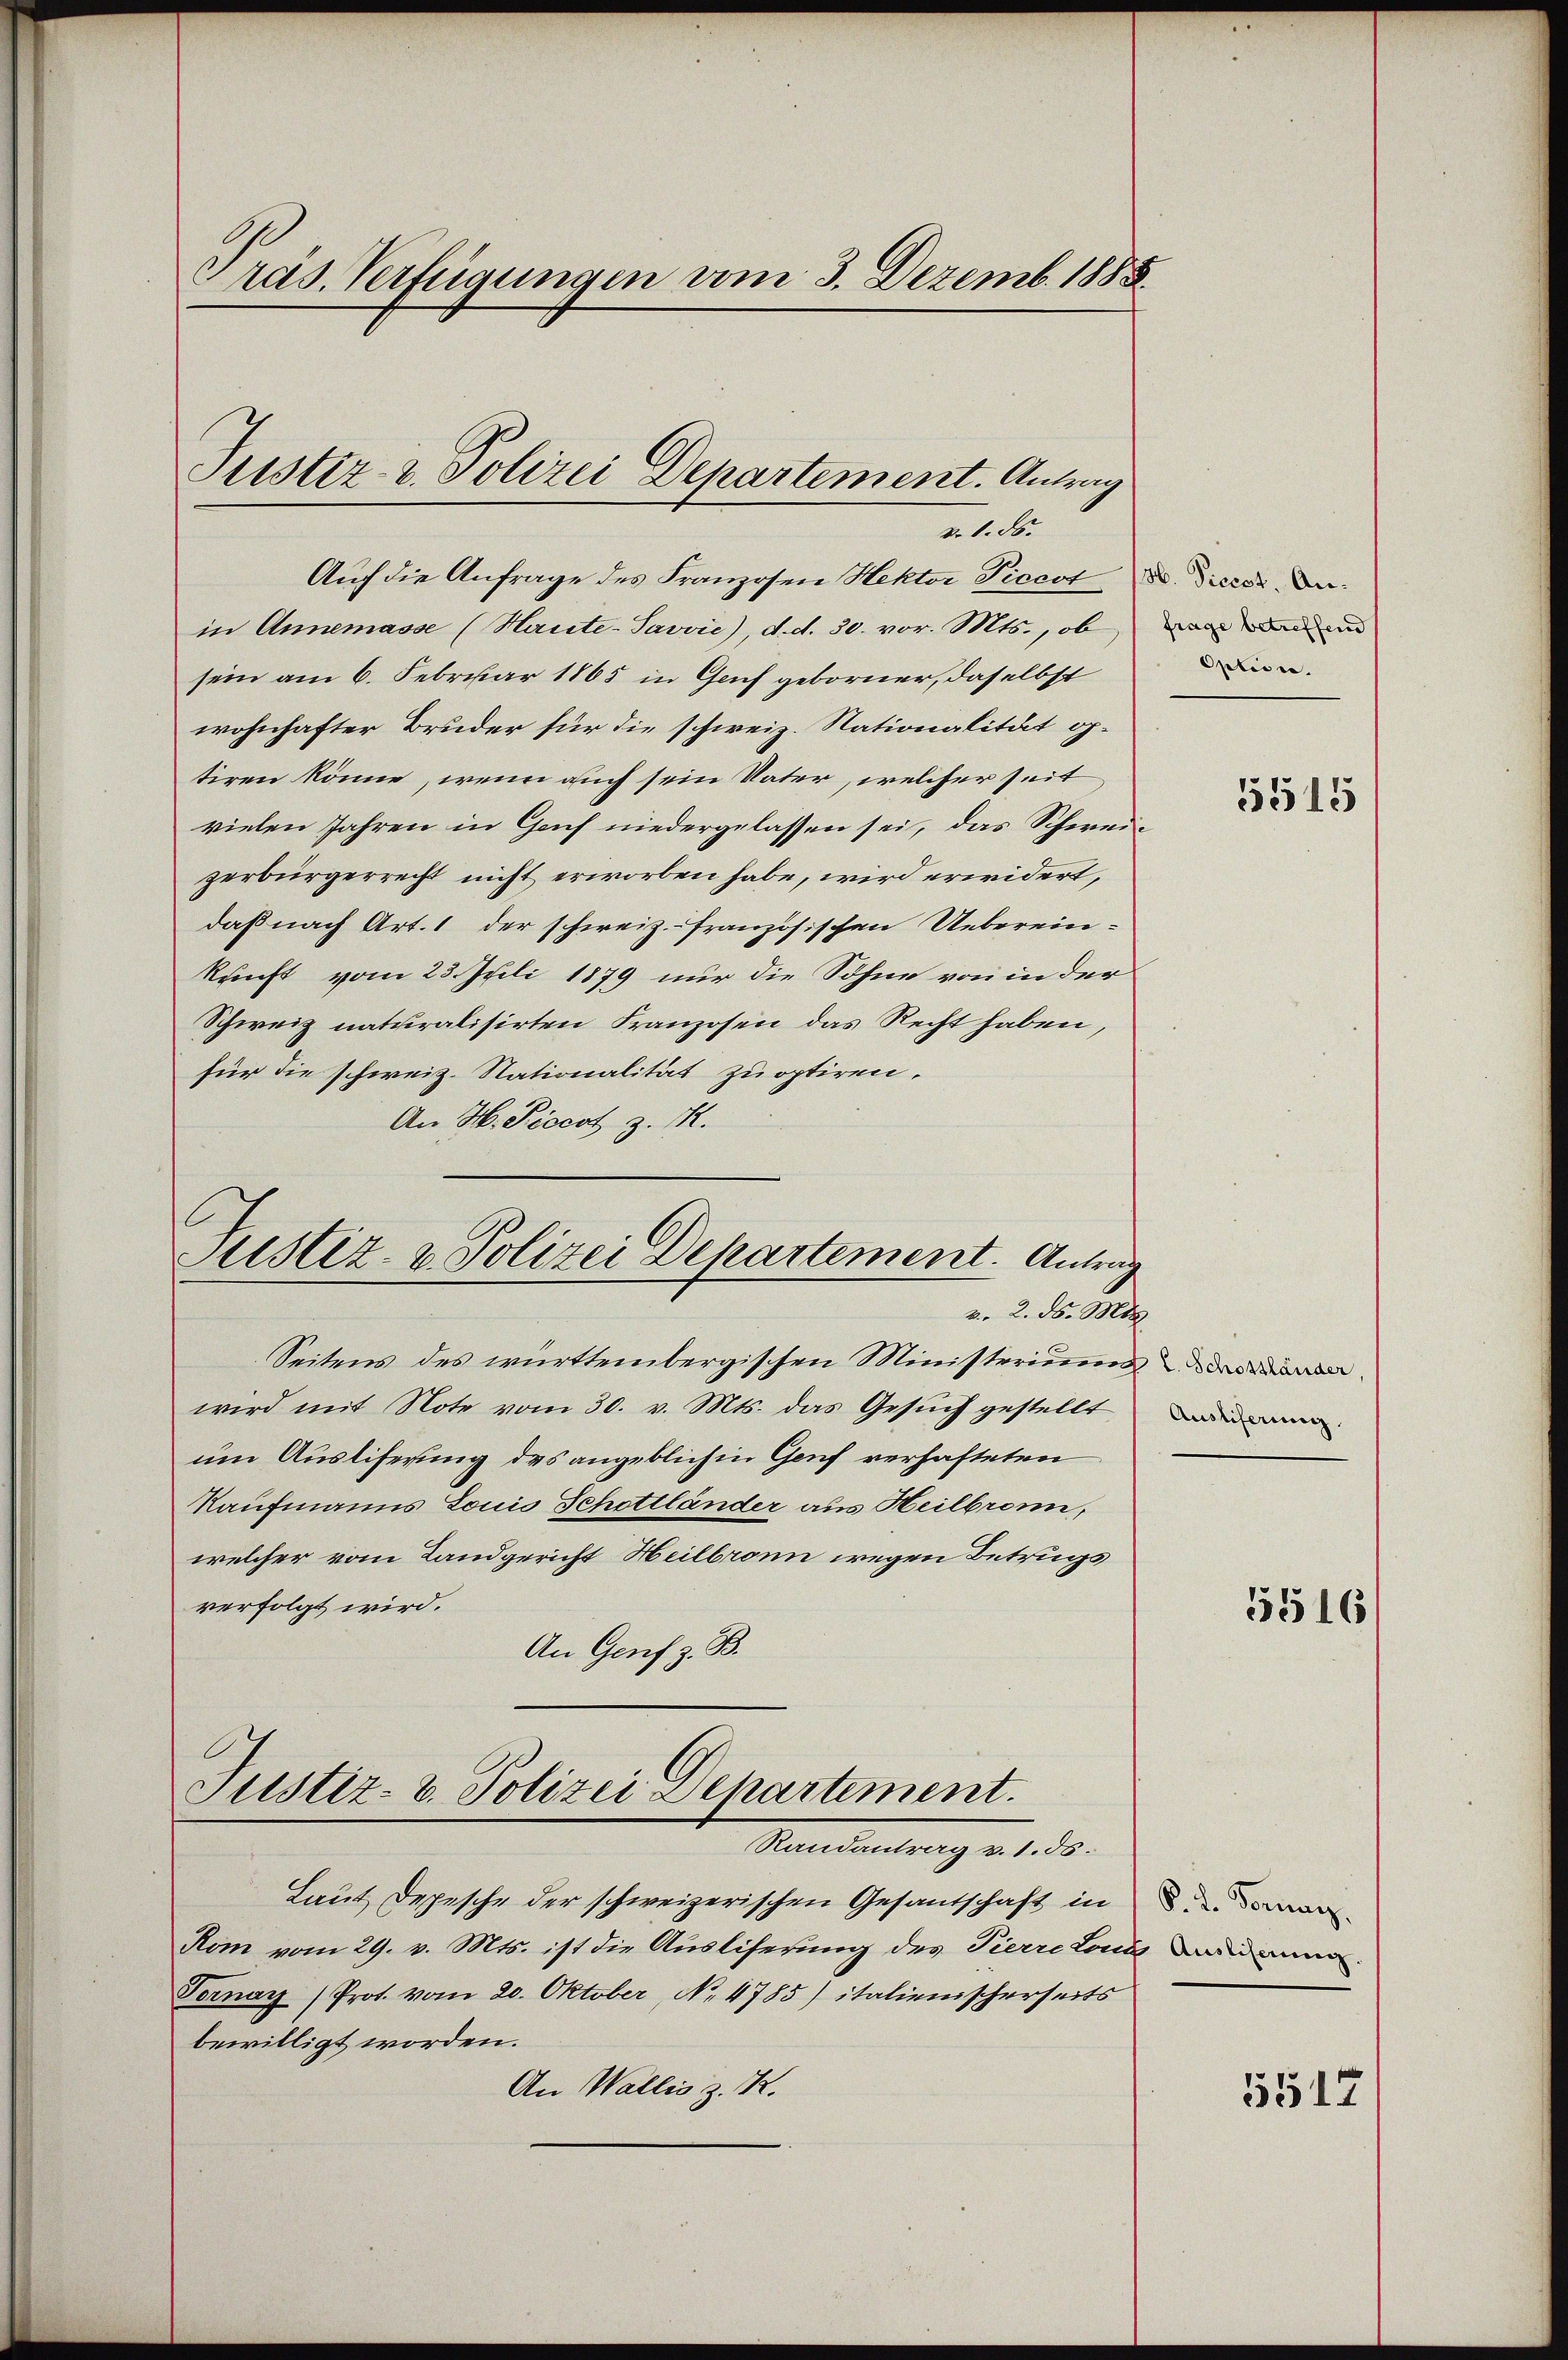
Pras. Verfügungen vom 3. Dezemb. 1888.

Pustiz- & Polizei Departement. Antrag
v. 8. ds.

Auch die Anfrage des Franzosen Hektor Piccot u. Dieser dain Annemasse (Haute-Savvić), d. d. 30. vor. Mts., ob
sein am 6. Februar 1865 in Genf geborner, daselbst
wohnhafter Bruder für die schweiz. Nationalität optiren könne, wenn auch sein Vater, welcher seit
vielen Jahren in Gach niedergelassen sei, das Schweizerbürgerrecht nicht erworben habe, wird erwidert,
daß nach Art. 1 der schweiz.- französischen Uebereinkunft vom 23. Juli 1879 nur die Sohne von in der
Schweiz naturalisirten Franzosen das Recht haben,
für die schweiz. Nationalität zuoptiren.
An H. Piccot z. R.

Justiz- & Polizei Departement. Antrag
v. 2. d. Mts.

Justiz- & Polizei Departement.
Standentrag v. 130.

Laut Depesche der schweizerischen Gesandschaft in d
Röm vom 29. v. Mts. ist die Ausliserung des Pierreten die
Ternay (Prot. vom 20. Oktober, No 4785) italienischerseits
bewilligt worden.
An Wallis z. R.

Seitens des württembergischen Ministeriums
wird mit Note vom 30. v. Mts. das Gesuch gestellt
um Auslieferung des angeblich in Genf verhafteten
Kaufmanns Louis Schottländer aus Heilbronn,
welcher vom Landgericht Heilbronn wegen Betrugs
verfolgt wird.
An Genf z. B.

frage betreffend
Optione.

5515

Ausliferung.

5516

5517